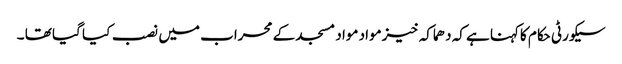
سیکورٹی حکام کاکہنا ہے کہ دھماکہ خیزمواد مواد مسجد کے محراب میں نصب کیا گیا تھا ۔